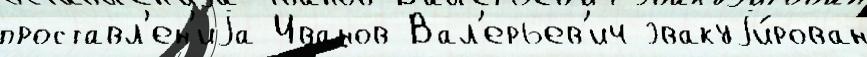
проставл'ен'иjа Иванов Вал'ерьев'ич эвакуjи́рован